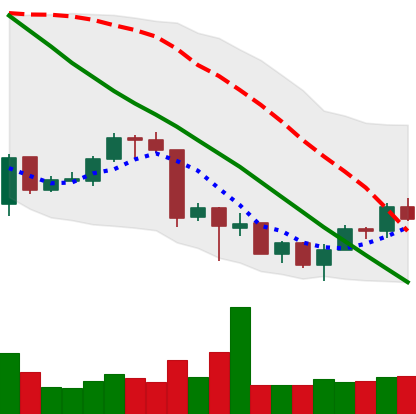
Ticker: ETH-USD
Chart end date: 2018-07-03
Forward return: 5.369%
Label: up_5_7